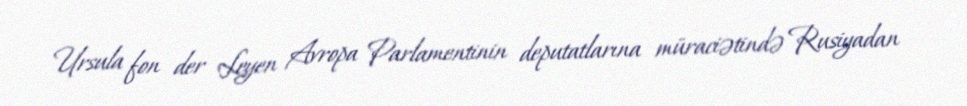
Ursula fon der Leyen Avropa Parlamentinin deputatlarına müraciətində Rusiyadan